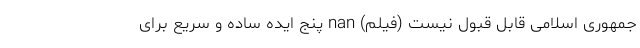
جمهوری اسلامی قابل قبول نیست (فیلم) nan پنج ایده ساده و سریع برای